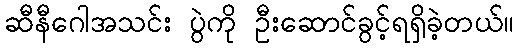
ဆီနီဂေါအသင်း ပွဲကို ဦးဆောင်ခွင့်ရရှိခဲ့တယ်။